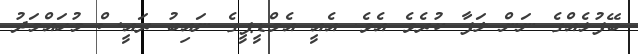
ބޭފުޅެއްގެ ނަން ލަފާ ކުރެވެ އެވެ. އެއީ އެމްޑީޕީގެ ނައިބު ރައީސް މުހައްމަދު